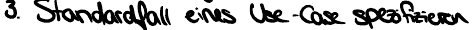
3. Standardfall eines Use-Case spezifizieren